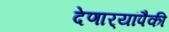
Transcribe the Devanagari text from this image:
देणार्‍यांपैकी